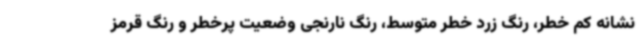
نشانه کم خطر، رنگ زرد خطر متوسط، رنگ نارنجی وضعیت پرخطر و رنگ قرمز